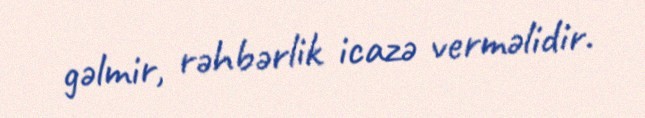
gəlmir, rəhbərlik icazə verməlidir.